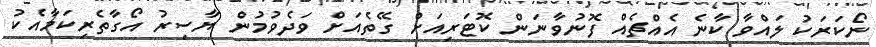
ނޯކަރަކު ލައްވާ ކާނެ އެއްޗެއް ފޮނުވާނަން ކޮޓަރިއަށް ގޭތެއަށް ވަދެވުމުން ޔާސިރު އޯގާތެރިކަމާއެކު